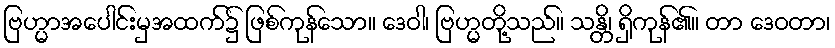
ဗြဟ္မာအပေါင်းမှအထက်၌ ဖြစ်ကုန်သော။ ဒေဝါ၊ ဗြဟ္မတို့သည်။ သန္တိ၊ ရှိကုန်၏။ တာ ဒေဝတာ၊